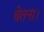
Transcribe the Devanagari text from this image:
चेतना।